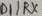
Text: D1/RX